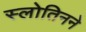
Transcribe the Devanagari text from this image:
स्लोतिनने